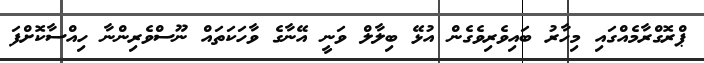
ޕްރޮގްރާމެއްގައި މިހާރު ބައިވެރިވެގެން އުޅޭ ބިލާލް ވަނީ އޭނާގެ ވާހަކަތައް ނޫސްވެރިންނާ ހިއްސާކޮށްފަ